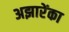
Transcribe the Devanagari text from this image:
अझारेंका